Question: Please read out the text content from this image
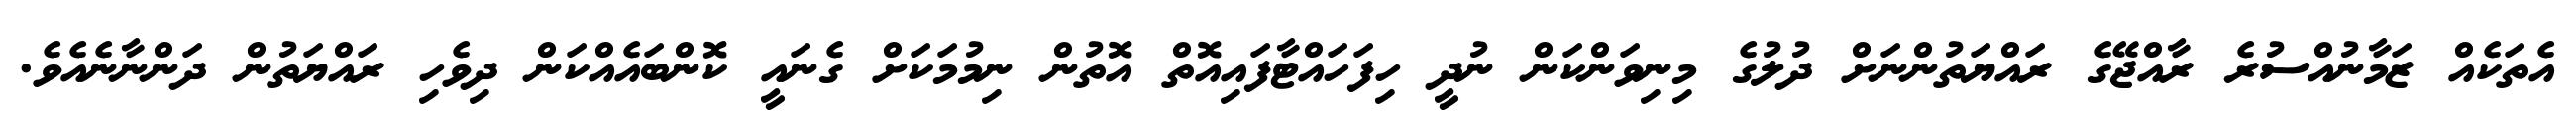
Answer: އެތަކެއް ޒަމާނުއްސުރެ ރާއްޖޭގެ ރައްޔަތުންނަށް ދުލުގެ މިނިވަންކަން ނުދީ ހިފަހައްޓާފައިއޮތް އޮތުން ނިމުމަކަށް ގެނައީ ކޮންބައެއްކަން ދިވެހި ރައްޔަތުން ދަންނާނެއެވެ.